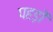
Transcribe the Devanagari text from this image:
पहड़ों